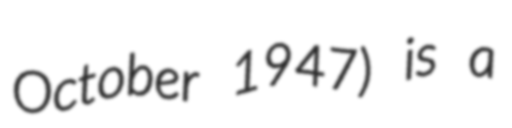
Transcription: October 1947) is a